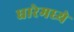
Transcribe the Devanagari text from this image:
धारेमध्ये